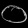
Digit: ၀